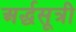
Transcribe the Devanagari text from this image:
अर्द्धसूत्री